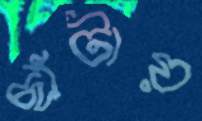
ছাঁটায়